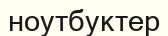
ноутбуктер